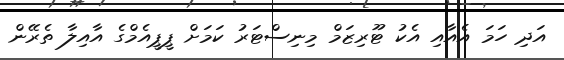
އަދި ހަމަ އެއާއި އެކު ޓޫރިޒަމް މިނިސްޓަރު ކަމަށް ޕީޕީއެމްގެ އާއިލާ ތެރޭން